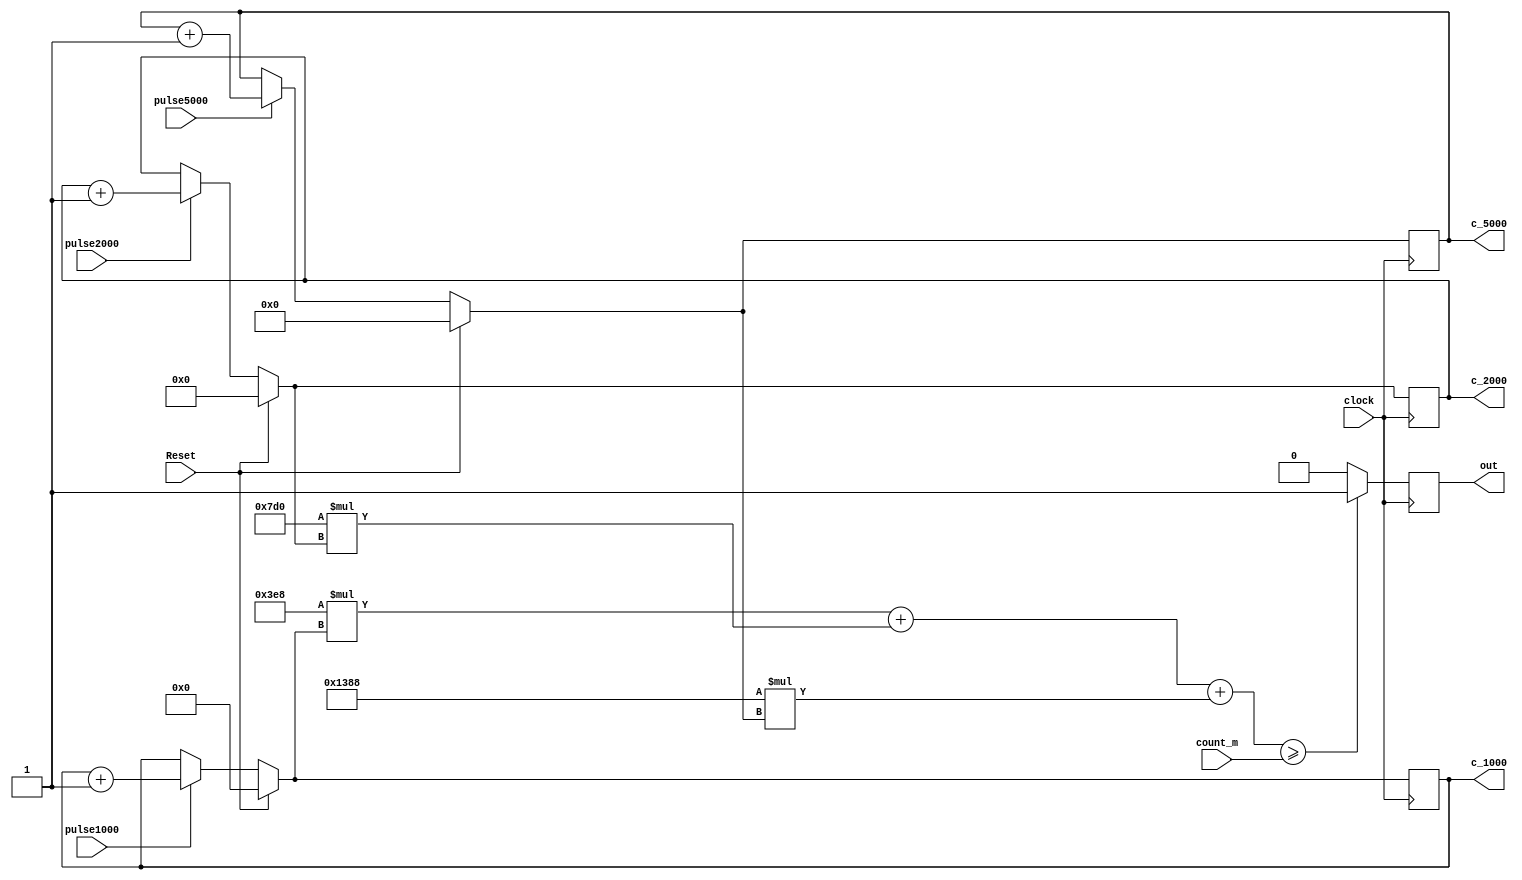
module m_counter(count_m,pulse1000,pulse2000,pulse5000,clock,Reset,out,c_1000,c_2000,c_5000);
input pulse1000, pulse2000, pulse5000, clock, Reset;
input [18:0] count_m;
output reg out;
output reg [8:0] c_1000;
output reg [7:0] c_2000;
output reg [6:0] c_5000;

always @(posedge clock)begin
if (Reset) begin
c_1000 = 9'b0;
c_2000 = 8'b0;
c_5000 = 7'b0;
out = 0;
end
else
begin
if(pulse1000 == 1)
c_1000=c_1000+1;

if(pulse2000 == 1)
c_2000=c_2000+1;

if(pulse5000 == 1)
c_5000=c_5000+1;

end

//count_all=(1000*c_1000)+(2000*c_2000)+(5000*c_5000);

if(((1000*c_1000)+(2000*c_2000))+ (5000*c_5000) >= count_m)
begin
out = 1;
end
else begin
out = 0;
end

end
endmodule